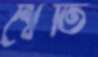
শ্বেতি